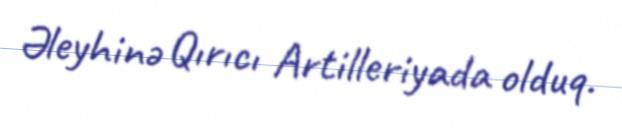
Əleyhinə Qırıcı Artilleriyada olduq.